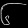
Digit: ၆